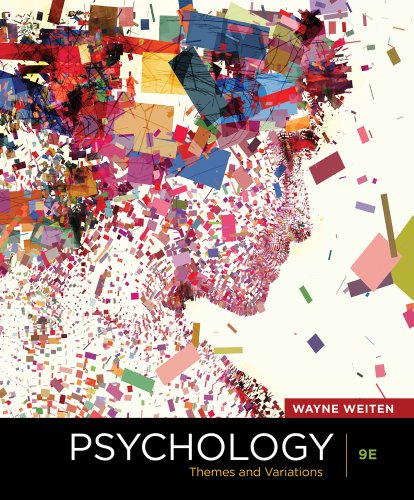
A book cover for Psychology: Themes and Variations, 9th Edition; Wayne Weiten; Health, Fitness & Dieting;